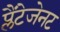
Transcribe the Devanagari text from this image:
प्लैंटेजेनट